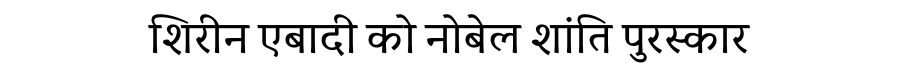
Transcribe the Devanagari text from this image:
शिरीन एबादी को नोबेल शांति पुरस्कार